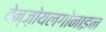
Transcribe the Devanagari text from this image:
बेन्ज़ोयलगोनाइन